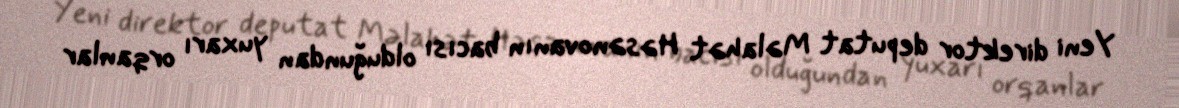
Yeni direktor deputat Məlahət Həsənovanın bacısı olduğundan yuxarı orqanlar